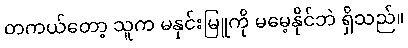
တကယ်တော့ သူက မနှင်းမြူကို မမေ့နိုင်ဘဲ ရှိသည်။